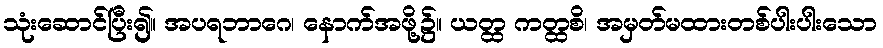
သုံးဆောင်ပြီး၍။ အပရဘာဂေ၊ နောက်အဖို့၌။ ယတ္ထ ကတ္ထစိ၊ အမှတ်မထားတစ်ပါးပါးသော